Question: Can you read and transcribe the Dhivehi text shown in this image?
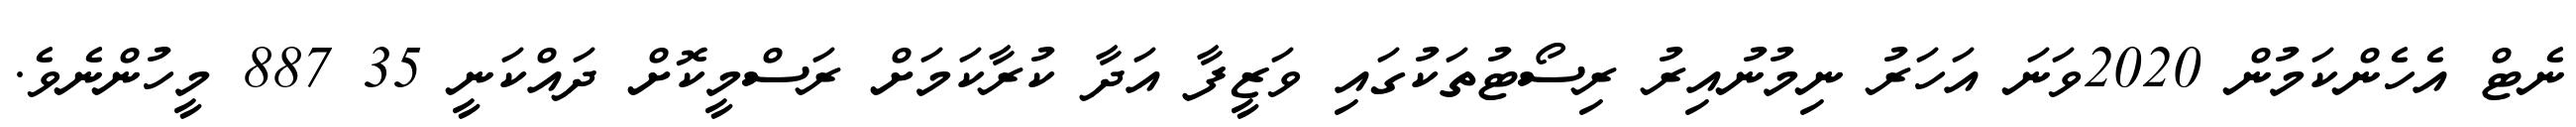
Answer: ނެޓް އެހެންކަމުން 2020ވަނަ އަހަރު ނިމުނުއިރު ރިސޯޓުތަކުގައި ވަޒީފާ އަދާ ކުރާކަމަށް ރަސްމީކޮށް ދައްކަނީ 35 887 މީހުންނެވެ.